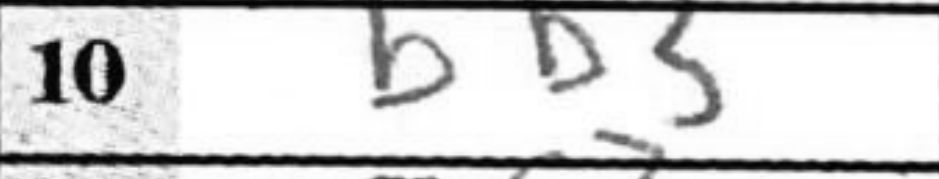
Transcription: Bb3